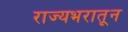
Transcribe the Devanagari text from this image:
राज्यभरातून